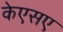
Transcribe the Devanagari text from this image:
केएसए